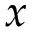
\boldsymbol { x }